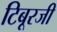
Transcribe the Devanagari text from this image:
टिबूरजी